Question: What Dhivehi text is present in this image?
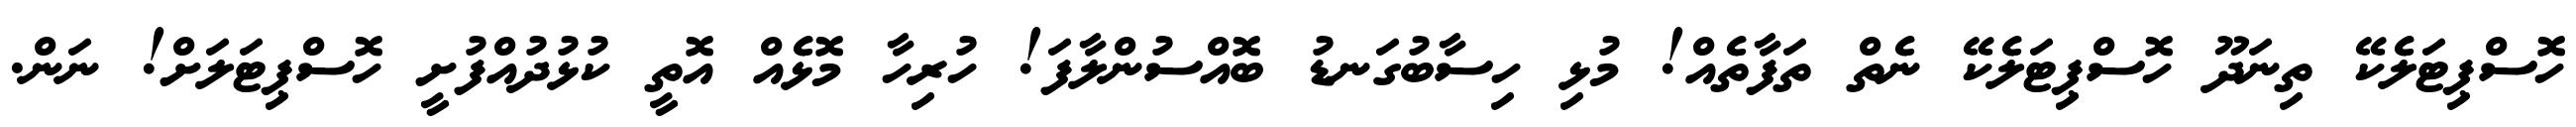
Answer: ހޮސްޕިޓަލެކޭ ތިނަދޫ ހޮސްޕިޓަލެކޭ ނެތް ތަފާތެއް! މުޅި ހިސާބުގަނޑު ބޮއްސުންލާފަ! ހުރިހާ މޮޅެއް އޮތީ ކުޅުދުއްފުށީ ހޮސްޕިޓަލަށް! ނަން.